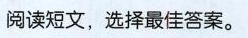
阅读短文，选择最佳答案。